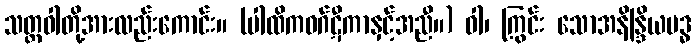
သတ္တဝါတို့အားလည်းကောင်း။ (ပါထိကဝဂ်ဋီကာနှင့်အညီ။) ဝါ၊ ကြွင်း သောအနိန္ဒြိယဗဒ္ဓ